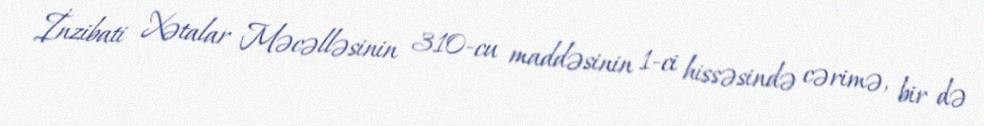
İnzibati Xətalar Məcəlləsinin 310-cu maddəsinin 1-ci hissəsində cərimə, bir də